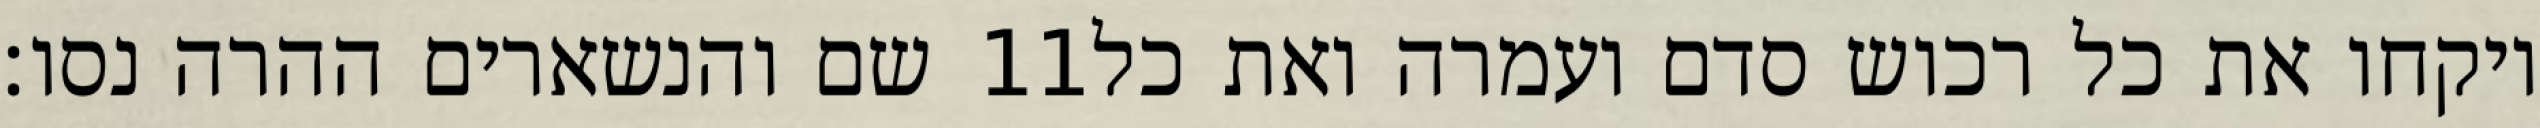
שם והנשארים ההרה נסו׃ ‎11‏ ויקחו את כל רכוש סדם ועמרה ואת כל